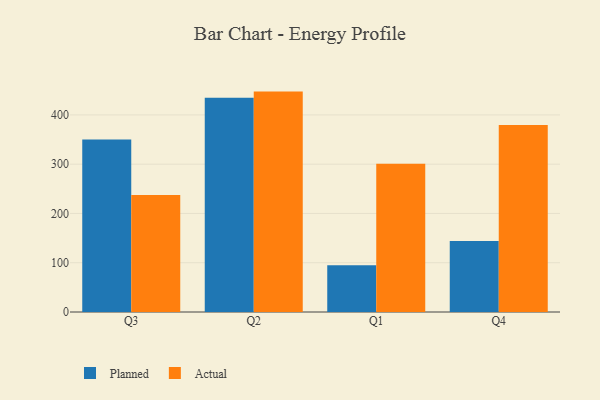
{"axis": {"x": "Quarter", "y": "Conversion Rate (%)"}, "legend": ["Actual", "Planned"], "data": [{"x": "Q3", "y": 350.2, "type": "Planned"}, {"x": "Q3", "y": 237.7, "type": "Actual"}, {"x": "Q2", "y": 435.0, "type": "Planned"}, {"x": "Q2", "y": 447.3, "type": "Actual"}, {"x": "Q1", "y": 94.8, "type": "Planned"}, {"x": "Q1", "y": 300.9, "type": "Actual"}, {"x": "Q4", "y": 143.9, "type": "Planned"}, {"x": "Q4", "y": 379.7, "type": "Actual"}]}